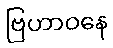
ဗြဟာဝနေ